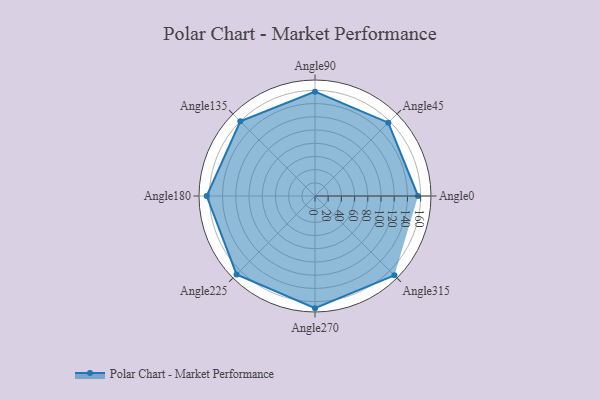
{"axis": {"x": "Angle", "y": "Radius"}, "legend": [""], "data": [{"x": "Angle0", "y": 156.0, "type": ""}, {"x": "Angle45", "y": 157.0, "type": ""}, {"x": "Angle90", "y": 158.0, "type": ""}, {"x": "Angle135", "y": 160.0, "type": ""}, {"x": "Angle180", "y": 164.0, "type": ""}, {"x": "Angle225", "y": 168.0, "type": ""}, {"x": "Angle270", "y": 170, "type": ""}, {"x": "Angle315", "y": 170, "type": ""}]}